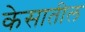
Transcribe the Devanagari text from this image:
केसातील